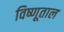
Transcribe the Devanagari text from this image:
विष्णूताल